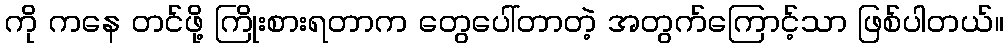
ကို ကနေ တင်ဖို့ ကြိုးစားရတာက တွေပေါ်တာတဲ့ အတွက်ကြောင့်သာ ဖြစ်ပါတယ်။